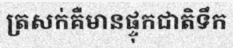
ត្រសក់គឺមានផ្ទុកជាតិទឹក